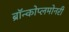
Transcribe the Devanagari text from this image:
ब्रॉन्कोप्लमोनरी